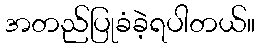
အတည်ပြုခံခဲ့ရပါတယ်။